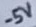
Text: -5V